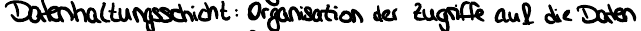
Datenhaltungsschicht: Organisation der Zugriffe auf die Daten